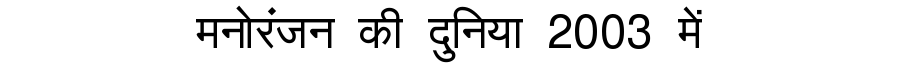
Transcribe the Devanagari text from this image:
मनोरंजन की दुनिया 2003 में